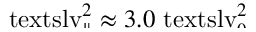
\smash { \mathrm { \ t e x t s l { v } } _ { \parallel } ^ { 2 } \approx 3 . 0 \ensuremath { \mathrm { \ t e x t s l { v } } _ { 0 } } ^ { 2 } }